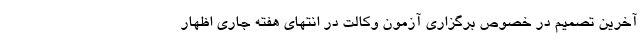
آخرین تصمیم در خصوص برگزاری آزمون وکالت در انتهای هفته جاری اظهار